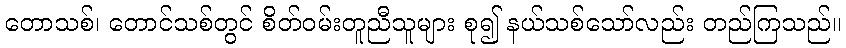
တောသစ်၊ တောင်သစ်တွင် စိတ်ဝမ်းတူညီသူများ စု၍ နယ်သစ်သော်လည်း တည်ကြသည်။